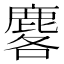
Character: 𪊲